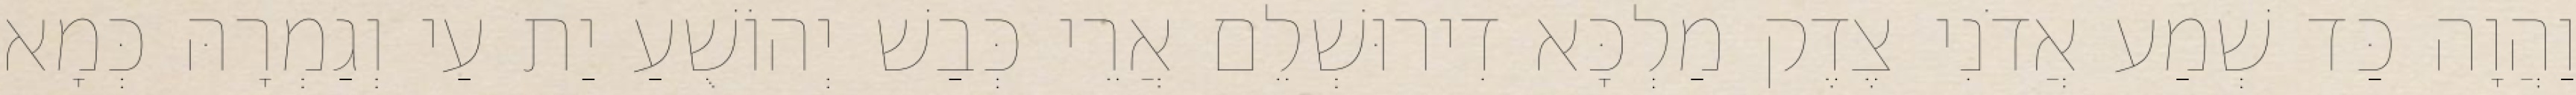
וַהֲוָה כַּד שְׁמַע אֲדֹנִי צֶדֶק מַלְכָּא דִירוּשְׁלֵם אֲרֵי כְּבַשׁ יְהוֹשֻׁעַ יַת עַי וְגַמְרָהּ כְּמָא